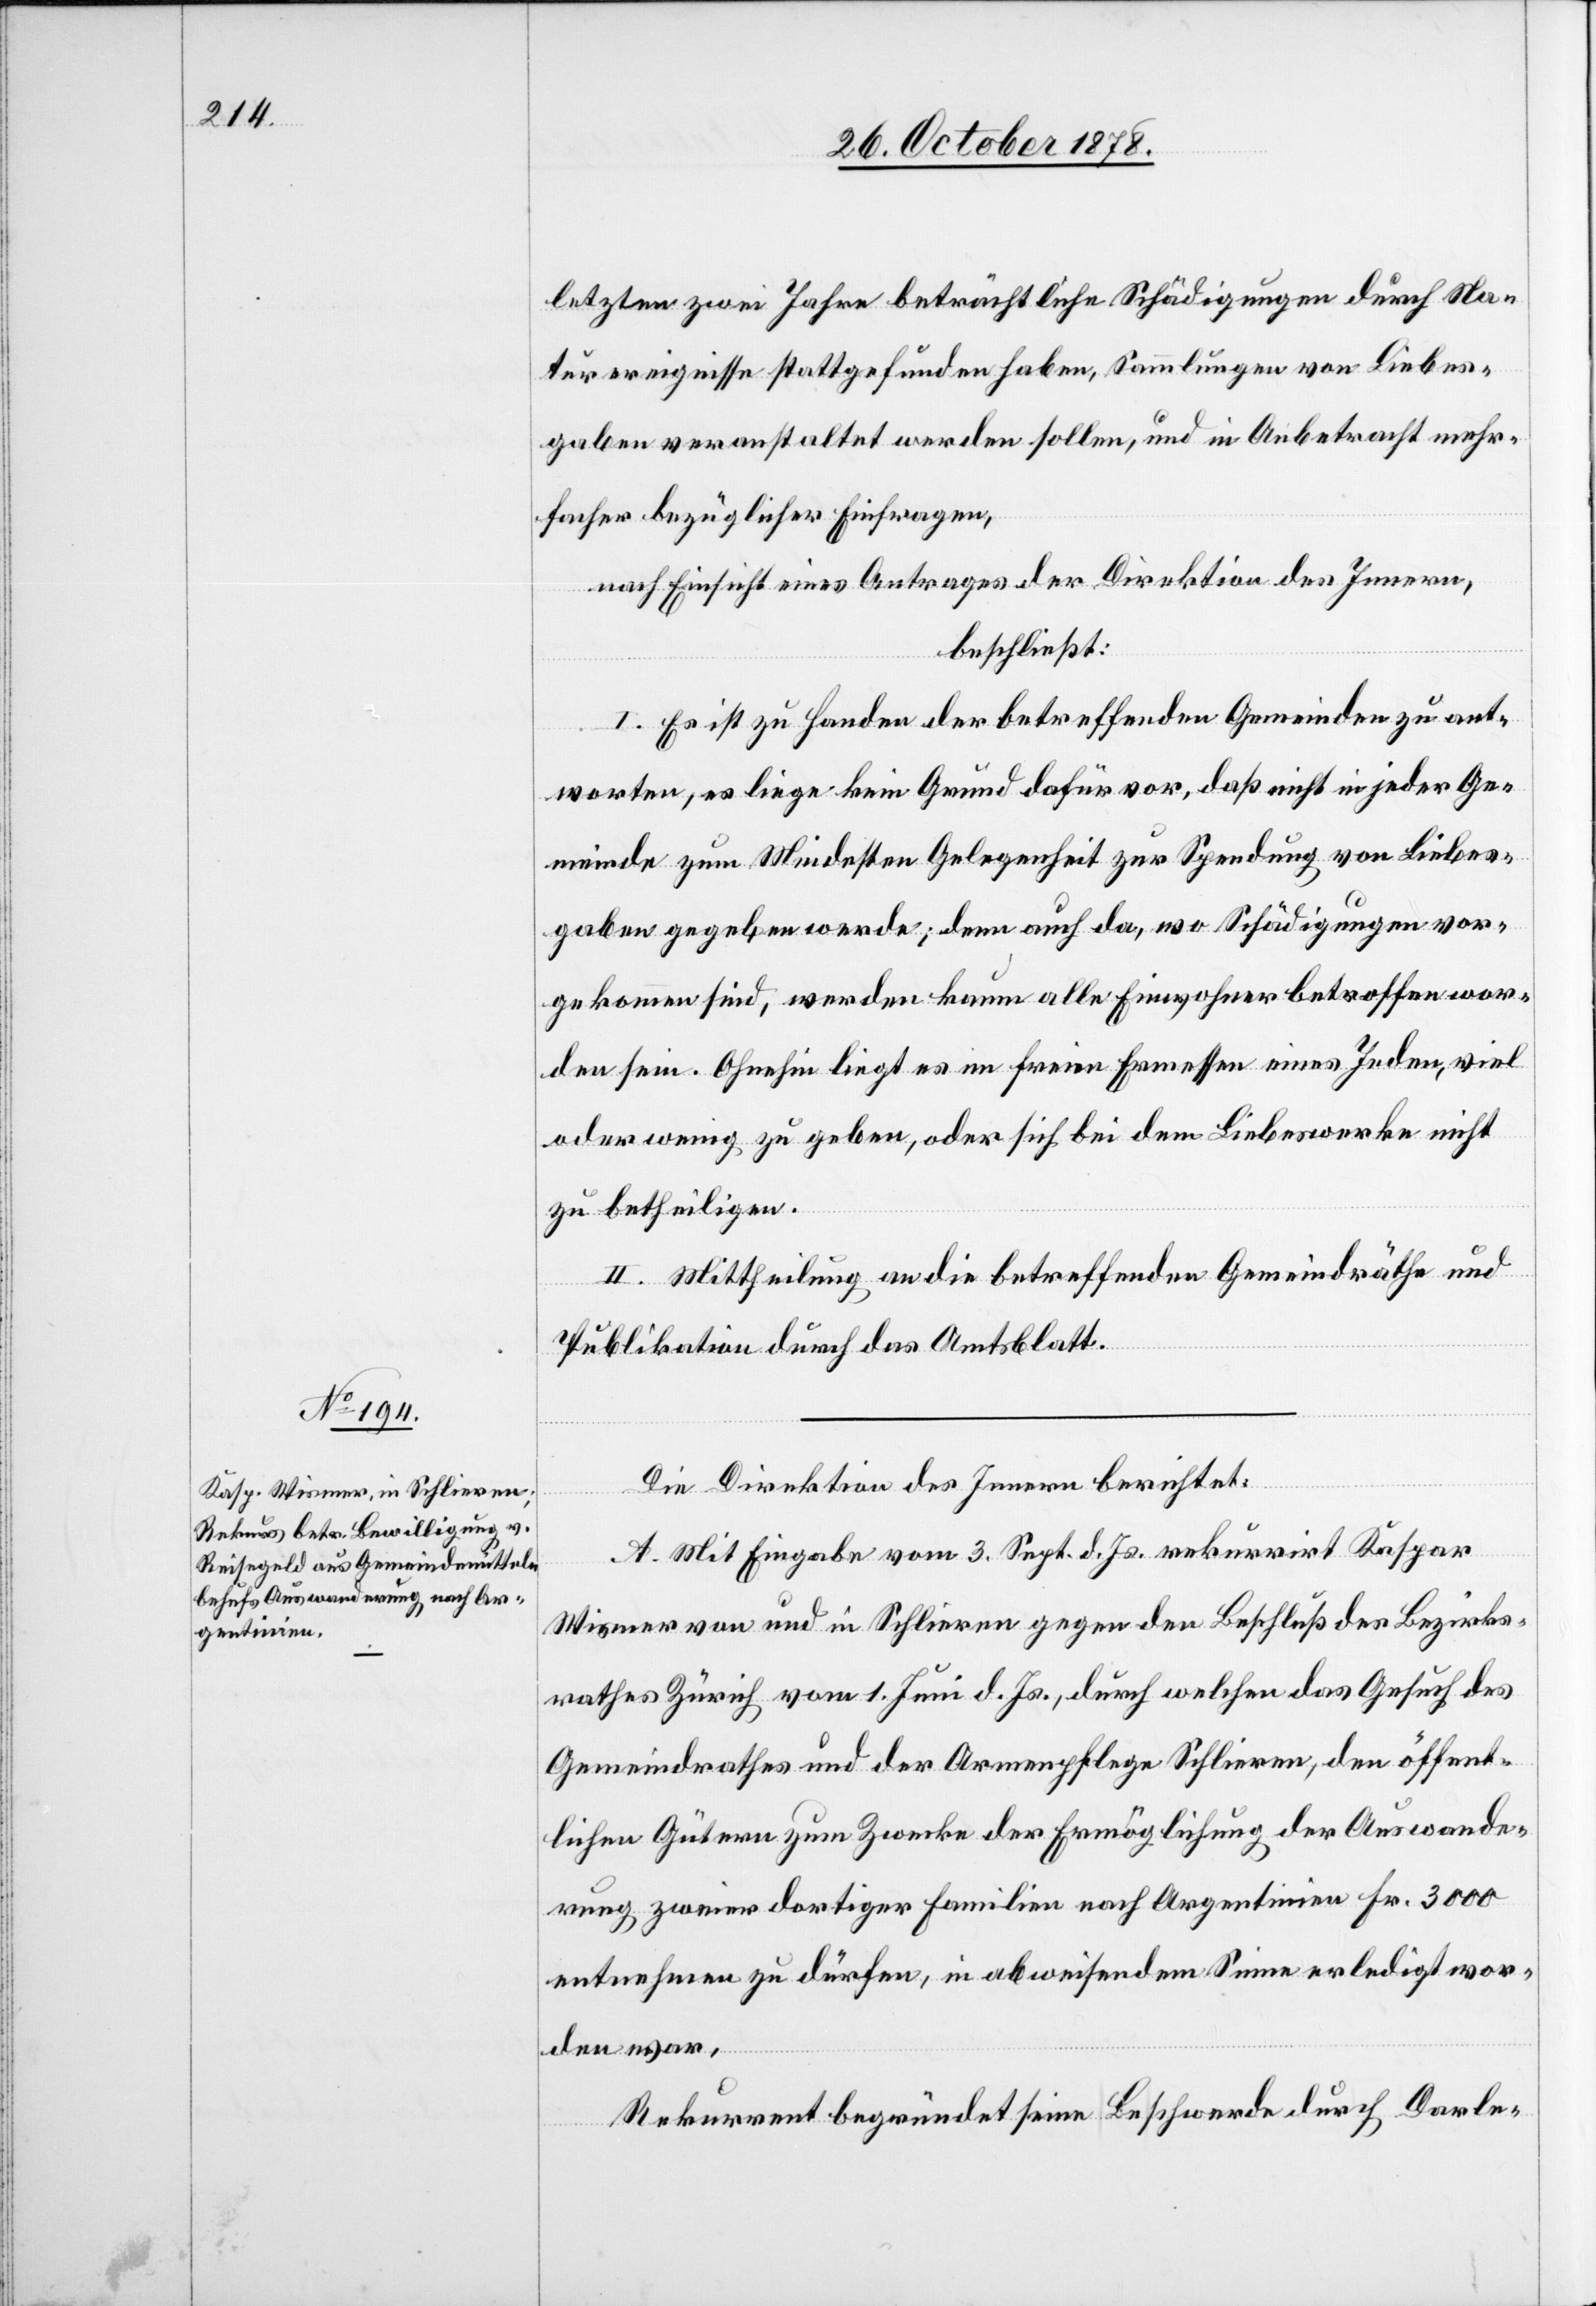
letzten zwei Jahre beträchtliche Schädigungen durch Na¬
turereignisse stattgefunden haben, Sammlungen von Liebes¬
gaben veranstaltet werden sollen, und in Anbetracht mehr¬
facher bezüglicher Einfragen,
nach Einsicht eines Antrages der Direktion des Innern,
beschließt:
I. Es ist zu Handen der betreffenden Gemeinden zu ant¬
worten, es liege kein Grund dafür vor, daß nicht in jeder Ge¬
meinde zum Mindesten Gelegenheit zur Spendung von Liebes¬
gaben gegeben werde; denn auch da, wo Schädigungen vor¬
gekommen sind, werden kaum alle Einwohner betroffen wor¬
den sein. Ohnehin liegt es im freien Ermessen eines Jeden, viel
oder wenig zu geben, oder sich bei dem Liebeswerke nicht
zu betheiligen.
II. Mittheilung an die betreffenden Gemeindräthe und
Publikation durch das Amtsblatt.
Die Direktion des Innern berichtet:
A. Mit Eingabe vom 3. Sept. d. Js. rekurrirt Kaspar
Wismer von und in Schlieren gegen den Beschluß des Bezirks¬
rathes Zürich vom 1. Juni d. Js., durch welchen das Gesuch des
Gemeindrathes und der Armenpflege Schlieren, den öffent¬
lichen Gütern zum Zwecke der Ermöglichung der Auswande¬
rung zweier dortiger Familien nach Argentinien Fr. 3000
entnehmen zu dürfen, in abweisendem Sinne erledigt wor¬
den war,
Rekurrent begründet seine Beschwerde durch Darle-